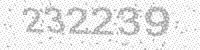
Solution: 232239